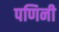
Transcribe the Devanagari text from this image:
पणिनी